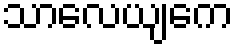
သာလေယျကေ